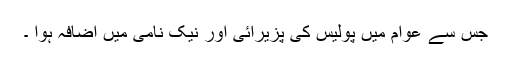
جس سے عوام میں پولیس کی پزیرائی اور نیک نامی میں اضافہ ہوا ۔